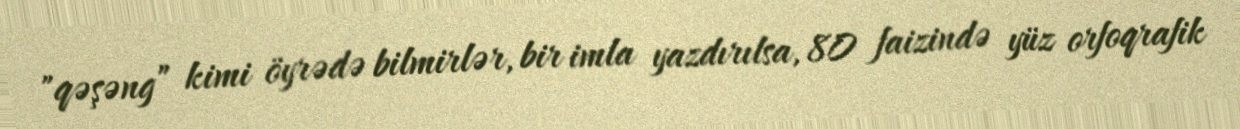
"qəşəng” kimi öyrədə bilmirlər, bir imla yazdırılsa, 80 faizində yüz orfoqrafik